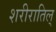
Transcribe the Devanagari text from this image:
शरीरातिल्